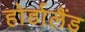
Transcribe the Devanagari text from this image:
होर्डालैंड